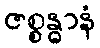
ဇစ္စန္ဓာနံ